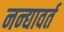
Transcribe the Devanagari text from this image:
नन्द्यावर्त